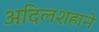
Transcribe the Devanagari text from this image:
अदिलशहाने